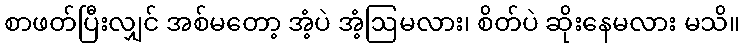
စာဖတ်ပြီးလျှင် အစ်မတော့ အံ့ပဲ အံ့ဩမလား၊ စိတ်ပဲ ဆိုးနေမလား မသိ။